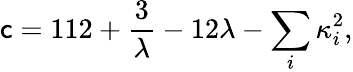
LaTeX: \mathsf{c}=112+{\frac{{3}}{{\lambda}}}-12\lambda-\sum_{i}\kappa_{i}^{2},